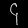
Digit: ၄